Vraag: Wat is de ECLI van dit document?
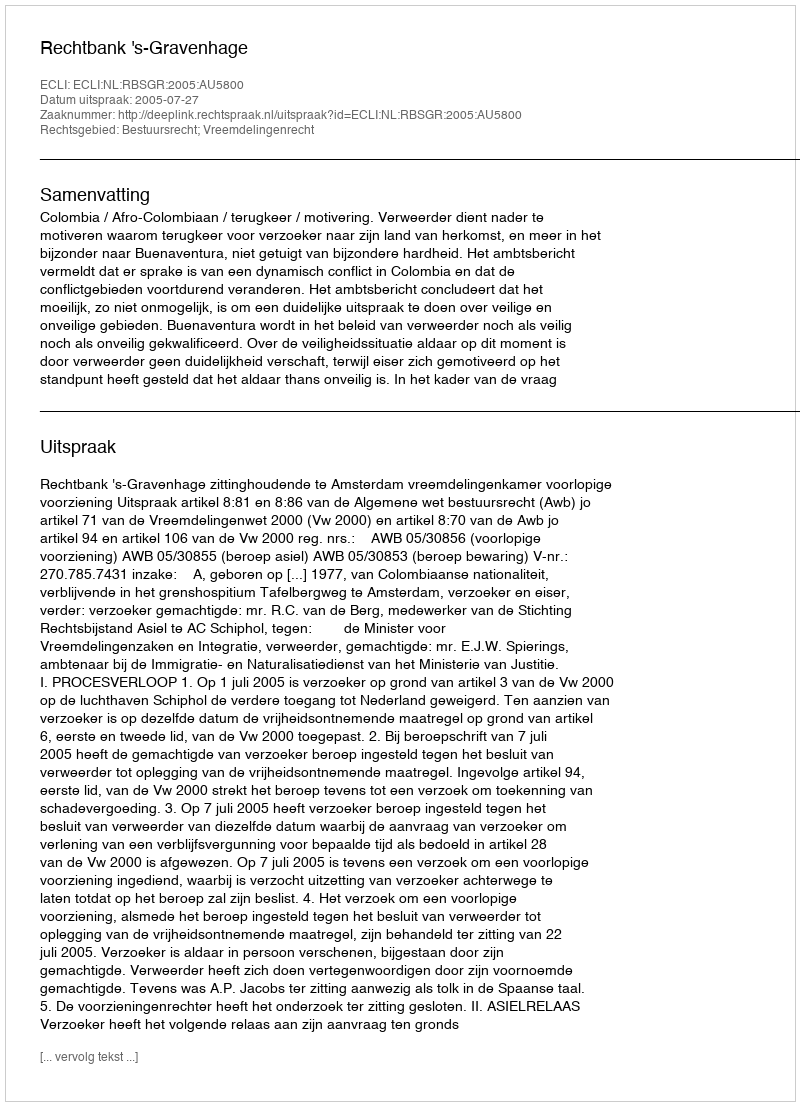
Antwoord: ECLI:NL:RBSGR:2005:AU5800